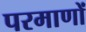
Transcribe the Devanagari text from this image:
परमाणों